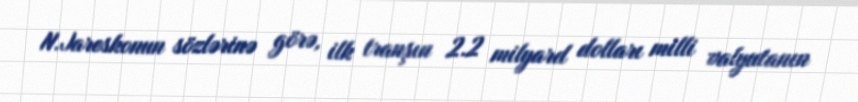
N.Jareskonun sözlərinə görə, ilk tranşın 2.2 milyard dolları milli valyutanın